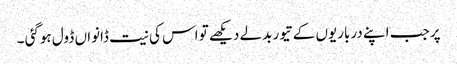
پر جب اپنے درباریوں کے تیور بدلے دیکھے تو اس کی نیت ڈانواں ڈول ہوگئی ۔